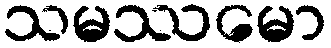
သမဿမော